画像に写った文字を読んでください
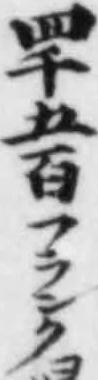
「四千五百フランク」と書いてあります